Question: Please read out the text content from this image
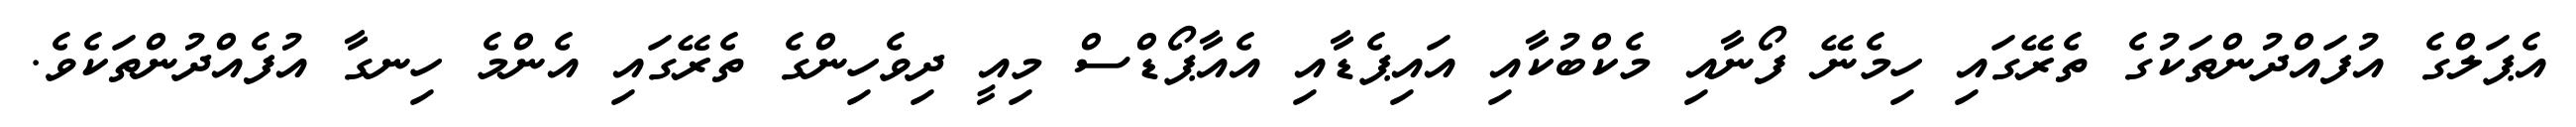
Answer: އެޕަލްގެ އުފައްދުންތަކުގެ ތެރޭގައި ހިމެނޭ ފޯނާއި މެކްބުކާއި އައިޕެޑާއި އެއާޕޯޑްސް މިއީ ދިވެހިންގެ ތެރޭގައި އެންމެ ހިނގާ އުފެއްދުންތަކެވެ.